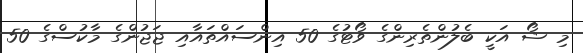
މި ޝޯ އަކީ ބެލުންތެރިންގެ ވޯޓުގެ 50 އިންސައްތައާއި ޖަޖުންގެ މާކުސްގެ 50